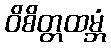
ဝိစိတ္တထမ္ဘံ